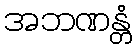
အဘဏန္တံ